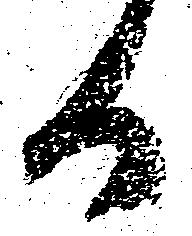
る